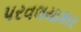
પરવલયાકાર